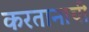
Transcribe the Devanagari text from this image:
करतानाची